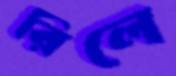
রিলে